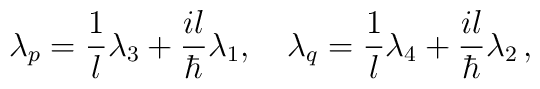
\lambda_p = {1\over l} \lambda_3 + {il \over \hbar}		\lambda_1, \quad \lambda_q = {1\over l} \lambda_4 +		{il\over \hbar} \lambda_2 \,  ,